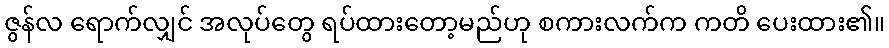
ဇွန်လ ရောက်လျှင် အလုပ်တွေ ရပ်ထားတော့မည်ဟု စကားလက်က ကတိ ပေးထား၏။